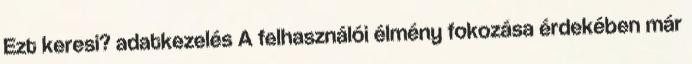
Ezt keresi? adatkezelés A felhasználói élmény fokozása érdekében már